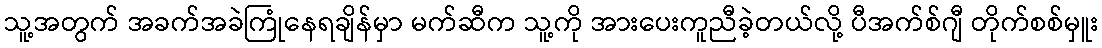
သူ့အတွက် အခက်အခဲကြုံနေရချိန်မှာ မက်ဆီက သူ့ကို အားပေးကူညီခဲ့တယ်လို့ ပီအက်စ်ဂျီ တိုက်စစ်မှူး